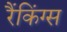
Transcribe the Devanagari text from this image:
रैंकिंग्स